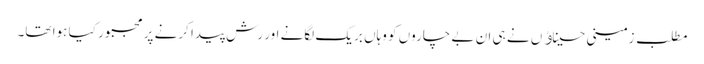
مطلب زمینی حسیناﺅں نے ہی ان بے چاروں کو وہاں بریک لگانے اور رش پیدا کرنے پر مجبور کیا ہوا تھا۔